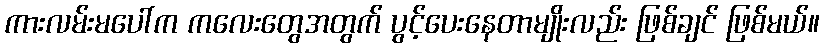
ကားလမ်းမပေါ်က ကလေးတွေအတွက် ပွင့်ပေးနေတာမျိုးလည်း ဖြစ်ချင် ဖြစ်မယ်။